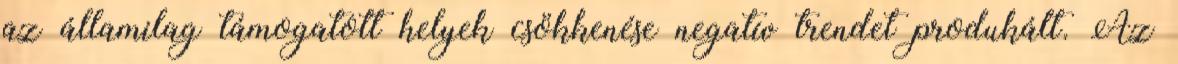
az államilag támogatott helyek csökkenése negatív trendet produkált. Az